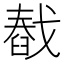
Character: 㦼